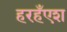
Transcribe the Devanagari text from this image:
हरहँएश